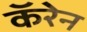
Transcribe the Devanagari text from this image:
कॅरेन